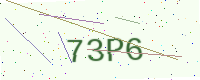
Text: 73P6